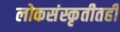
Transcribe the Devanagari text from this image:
लोकसंस्कृतीतही